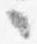
々